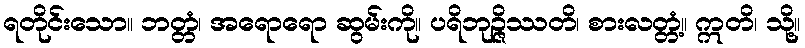
ရတိုင်းသော။ ဘတ္တံ၊ အရောရော ဆွမ်းကို။ ပရိဘုဉ္ဇိဿတိ၊ စားလတ္တံ့။ ဣတိ၊ သို့။